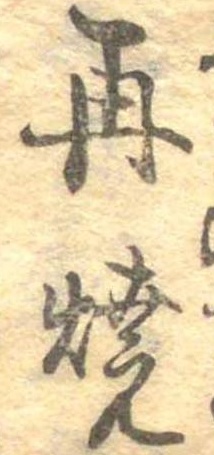
再焼